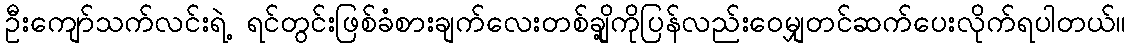
ဦးကျော်သက်လင်းရဲ့ ရင်တွင်းဖြစ်ခံစားချက်လေးတစ်ချို့ကိုပြန်လည်းဝေမျှတင်ဆက်ပေးလိုက်ရပါတယ်။